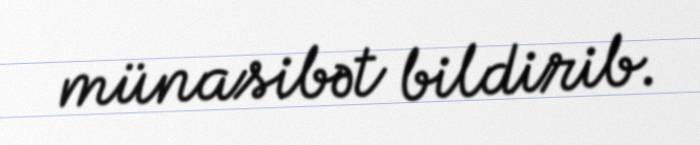
münasibət bildirib.